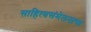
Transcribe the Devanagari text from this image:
साहित्यसंमेलनाचा